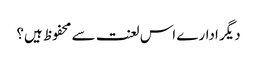
دیگر ادارے اس لعنت سے محفوظ ہیں؟